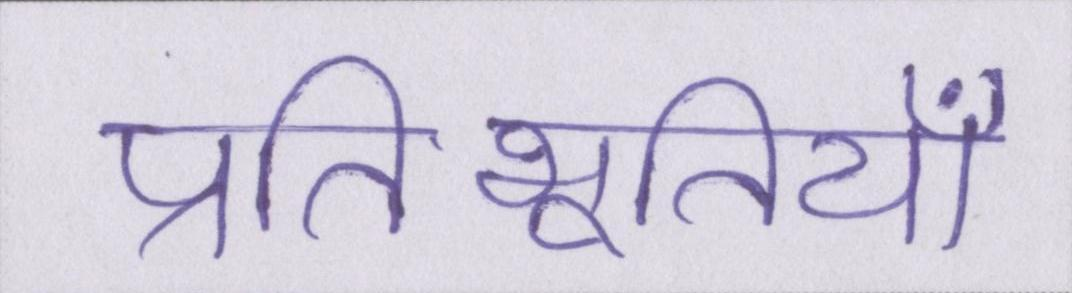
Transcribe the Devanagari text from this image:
प्रतिभूतियाँ